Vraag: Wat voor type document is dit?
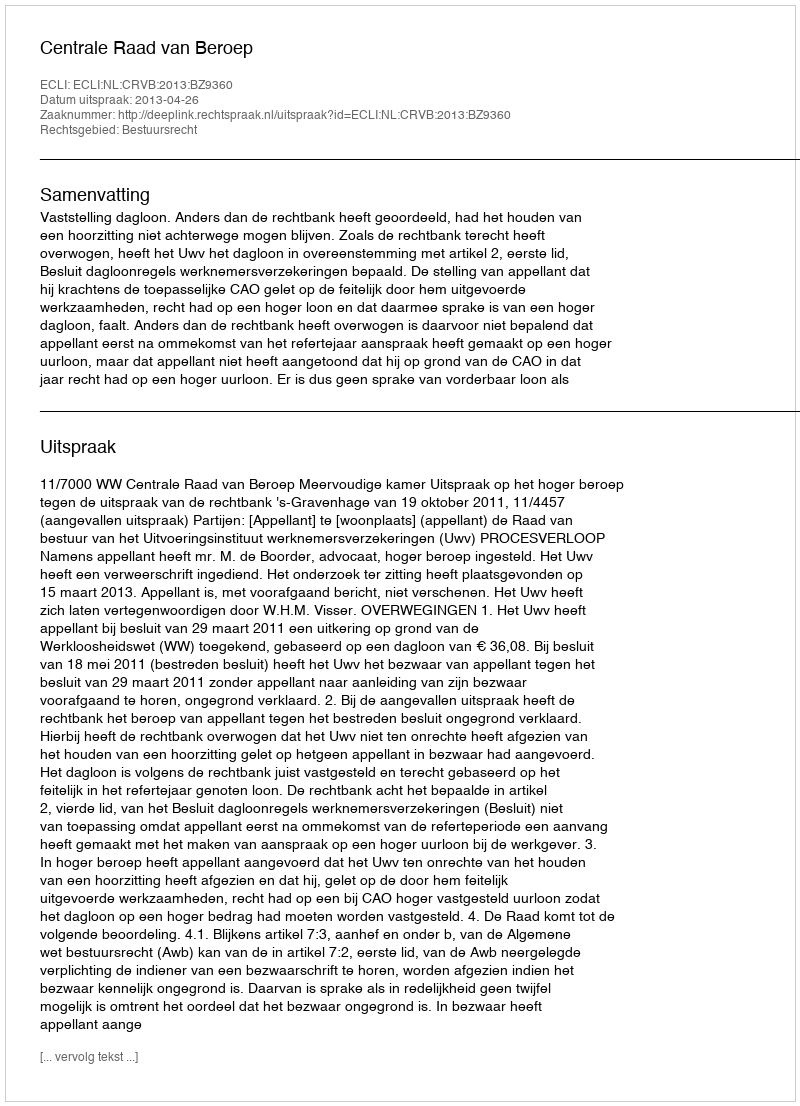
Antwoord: Uitspraak